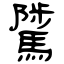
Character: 騭